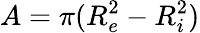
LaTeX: A=\pi(R_{e}^{2}-R_{i}^{2})